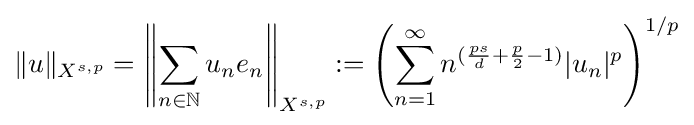
\|u\|_{X^{s,p}}=\left\|\sum _{n\in \mathbb {N} }u_{n}e_{n}\right\|_{X^{s,p}}:=\left(\sum _{n=1}^{\infty }n^{({\frac {ps}{d}}+{\frac {p}{2}}-1)}|u_{n}|^{p}\right)^{1/p}